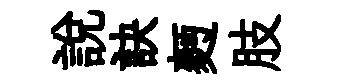
説訣麪肢